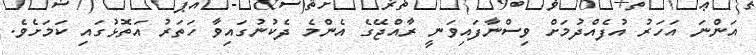
އަންނަ އަހަރު އުފެއްދުމަށް ވިސްނާފައިވަނީ ރާއްޖޭގެ އެންމެ ދެކުނުގައިވާ ހަތަރު އަތޮޅުގައި ކަމަށެވެ.